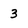
Character: 3